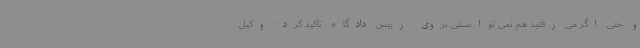
و حتی اگر می رفتید هم نمی توانستی بروی. رییس دادگاه تاکید کرد: وکیل